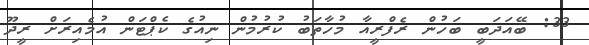
33: ބޭއަދަބީ ބަހުން ރެފްރީއާ މުހާތަބު ކުރުމުން ނިއުގެ ކެޕްޓަން އުމެއިރަށް ރީދޫ